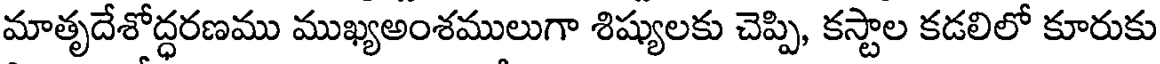
మాతృదేశోద్ధరణము ముఖ్యఅంశములుగా శిష్యులకు చెప్పి, కస్టాల కడలిలో కూరుకు